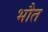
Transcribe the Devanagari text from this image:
भौत